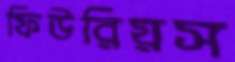
ফিউরিয়স